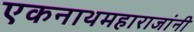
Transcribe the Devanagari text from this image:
एकनाथमहाराजांनी